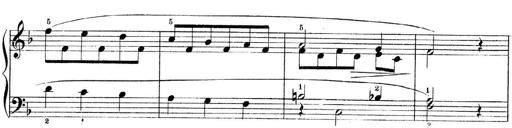
Title: 3 Piano Sonatinas
Composer: Paul Zilcher
Key: C major; G major; F major